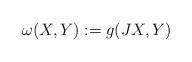
LaTeX: \begin{align*} \omega(X,Y):=g(JX,Y)\end{align*}